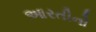
આરતીનો